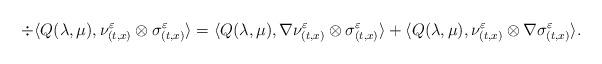
LaTeX: \begin{align*}\div\langle Q(\lambda, \mu), \nu_{(t,x)}^\varepsilon\otimes\sigma_{(t,x)}^\varepsilon\rangle=\langle Q(\lambda, \mu), \nabla \nu_{(t,x)}^\varepsilon\otimes\sigma_{(t,x)}^\varepsilon\rangle+\langle Q(\lambda, \mu), \nu_{(t,x)}^\varepsilon\otimes\nabla \sigma_{(t,x)}^\varepsilon\rangle.\end{align*}